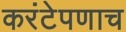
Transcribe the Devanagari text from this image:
करंटेपणाच